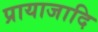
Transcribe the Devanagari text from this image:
प्रायाजादि